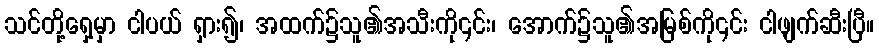
သင်တို့ရှေ့မှာ ငါပယ် ရှား၍၊ အထက်၌သူ၏အသီးကို၎င်း၊ အောက်၌သူ၏အမြစ်ကို၎င်း ငါဖျက်ဆီးပြီ။